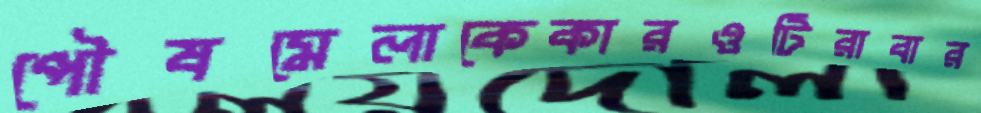
পৌষমেলাকেকারওটিরাবার